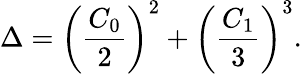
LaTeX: \Delta=\left(\frac{C_{0}}{2}\right)^{2}+\left(\frac{C_{1}}{3}\right)^{3}.